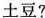
土豆?